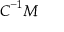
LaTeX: { \boldsymbol { C } } ^ { - 1 } { \boldsymbol { M } }